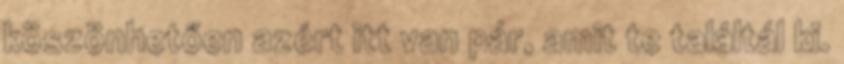
köszönhetően azért itt van pár, amit te találtál ki.